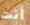
أنت